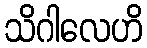
သိဂါလေဟိ